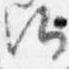
歟